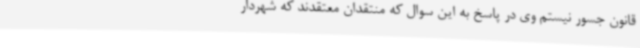
قانون جسور نیستم وی در پاسخ به این سوال که منتقدان معتقدند که شهردار